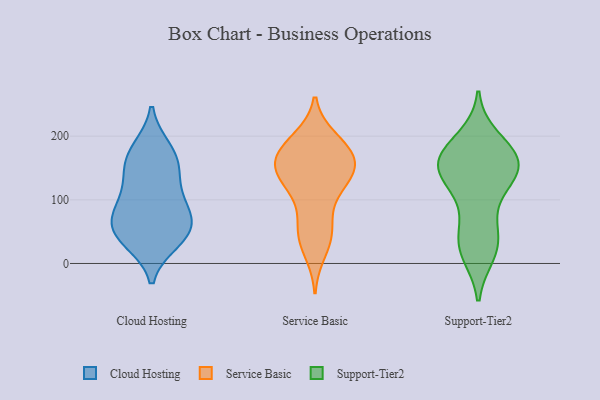
{"axis": {"x": "LTV (USD)", "y": "Value"}, "legend": ["Cloud Hosting", "Service Basic", "Support-Tier2"], "data": [{"x": "", "y": 141, "type": "Cloud Hosting"}, {"x": "", "y": 47, "type": "Cloud Hosting"}, {"x": "", "y": 85, "type": "Cloud Hosting"}, {"x": "", "y": 47, "type": "Cloud Hosting"}, {"x": "", "y": 48, "type": "Cloud Hosting"}, {"x": "", "y": 84, "type": "Cloud Hosting"}, {"x": "", "y": 179, "type": "Cloud Hosting"}, {"x": "", "y": 113, "type": "Cloud Hosting"}, {"x": "", "y": 155, "type": "Cloud Hosting"}, {"x": "", "y": 73, "type": "Cloud Hosting"}, {"x": "", "y": 171, "type": "Cloud Hosting"}, {"x": "", "y": 36, "type": "Cloud Hosting"}, {"x": "", "y": 151, "type": "Service Basic"}, {"x": "", "y": 19, "type": "Service Basic"}, {"x": "", "y": 153, "type": "Service Basic"}, {"x": "", "y": 127, "type": "Service Basic"}, {"x": "", "y": 195, "type": "Service Basic"}, {"x": "", "y": 84, "type": "Service Basic"}, {"x": "", "y": 190, "type": "Service Basic"}, {"x": "", "y": 52, "type": "Service Basic"}, {"x": "", "y": 123, "type": "Service Basic"}, {"x": "", "y": 172, "type": "Service Basic"}, {"x": "", "y": 151, "type": "Service Basic"}, {"x": "", "y": 161, "type": "Service Basic"}, {"x": "", "y": 40, "type": "Service Basic"}, {"x": "", "y": 175, "type": "Service Basic"}, {"x": "", "y": 184, "type": "Service Basic"}, {"x": "", "y": 50, "type": "Service Basic"}, {"x": "", "y": 126, "type": "Service Basic"}, {"x": "", "y": 140, "type": "Service Basic"}, {"x": "", "y": 164, "type": "Support-Tier2"}, {"x": "", "y": 152, "type": "Support-Tier2"}, {"x": "", "y": 187, "type": "Support-Tier2"}, {"x": "", "y": 197, "type": "Support-Tier2"}, {"x": "", "y": 161, "type": "Support-Tier2"}, {"x": "", "y": 127, "type": "Support-Tier2"}, {"x": "", "y": 143, "type": "Support-Tier2"}, {"x": "", "y": 87, "type": "Support-Tier2"}, {"x": "", "y": 22, "type": "Support-Tier2"}, {"x": "", "y": 175, "type": "Support-Tier2"}, {"x": "", "y": 147, "type": "Support-Tier2"}, {"x": "", "y": 47, "type": "Support-Tier2"}, {"x": "", "y": 22, "type": "Support-Tier2"}, {"x": "", "y": 155, "type": "Support-Tier2"}, {"x": "", "y": 119, "type": "Support-Tier2"}, {"x": "", "y": 157, "type": "Support-Tier2"}, {"x": "", "y": 15, "type": "Support-Tier2"}, {"x": "", "y": 45, "type": "Support-Tier2"}]}